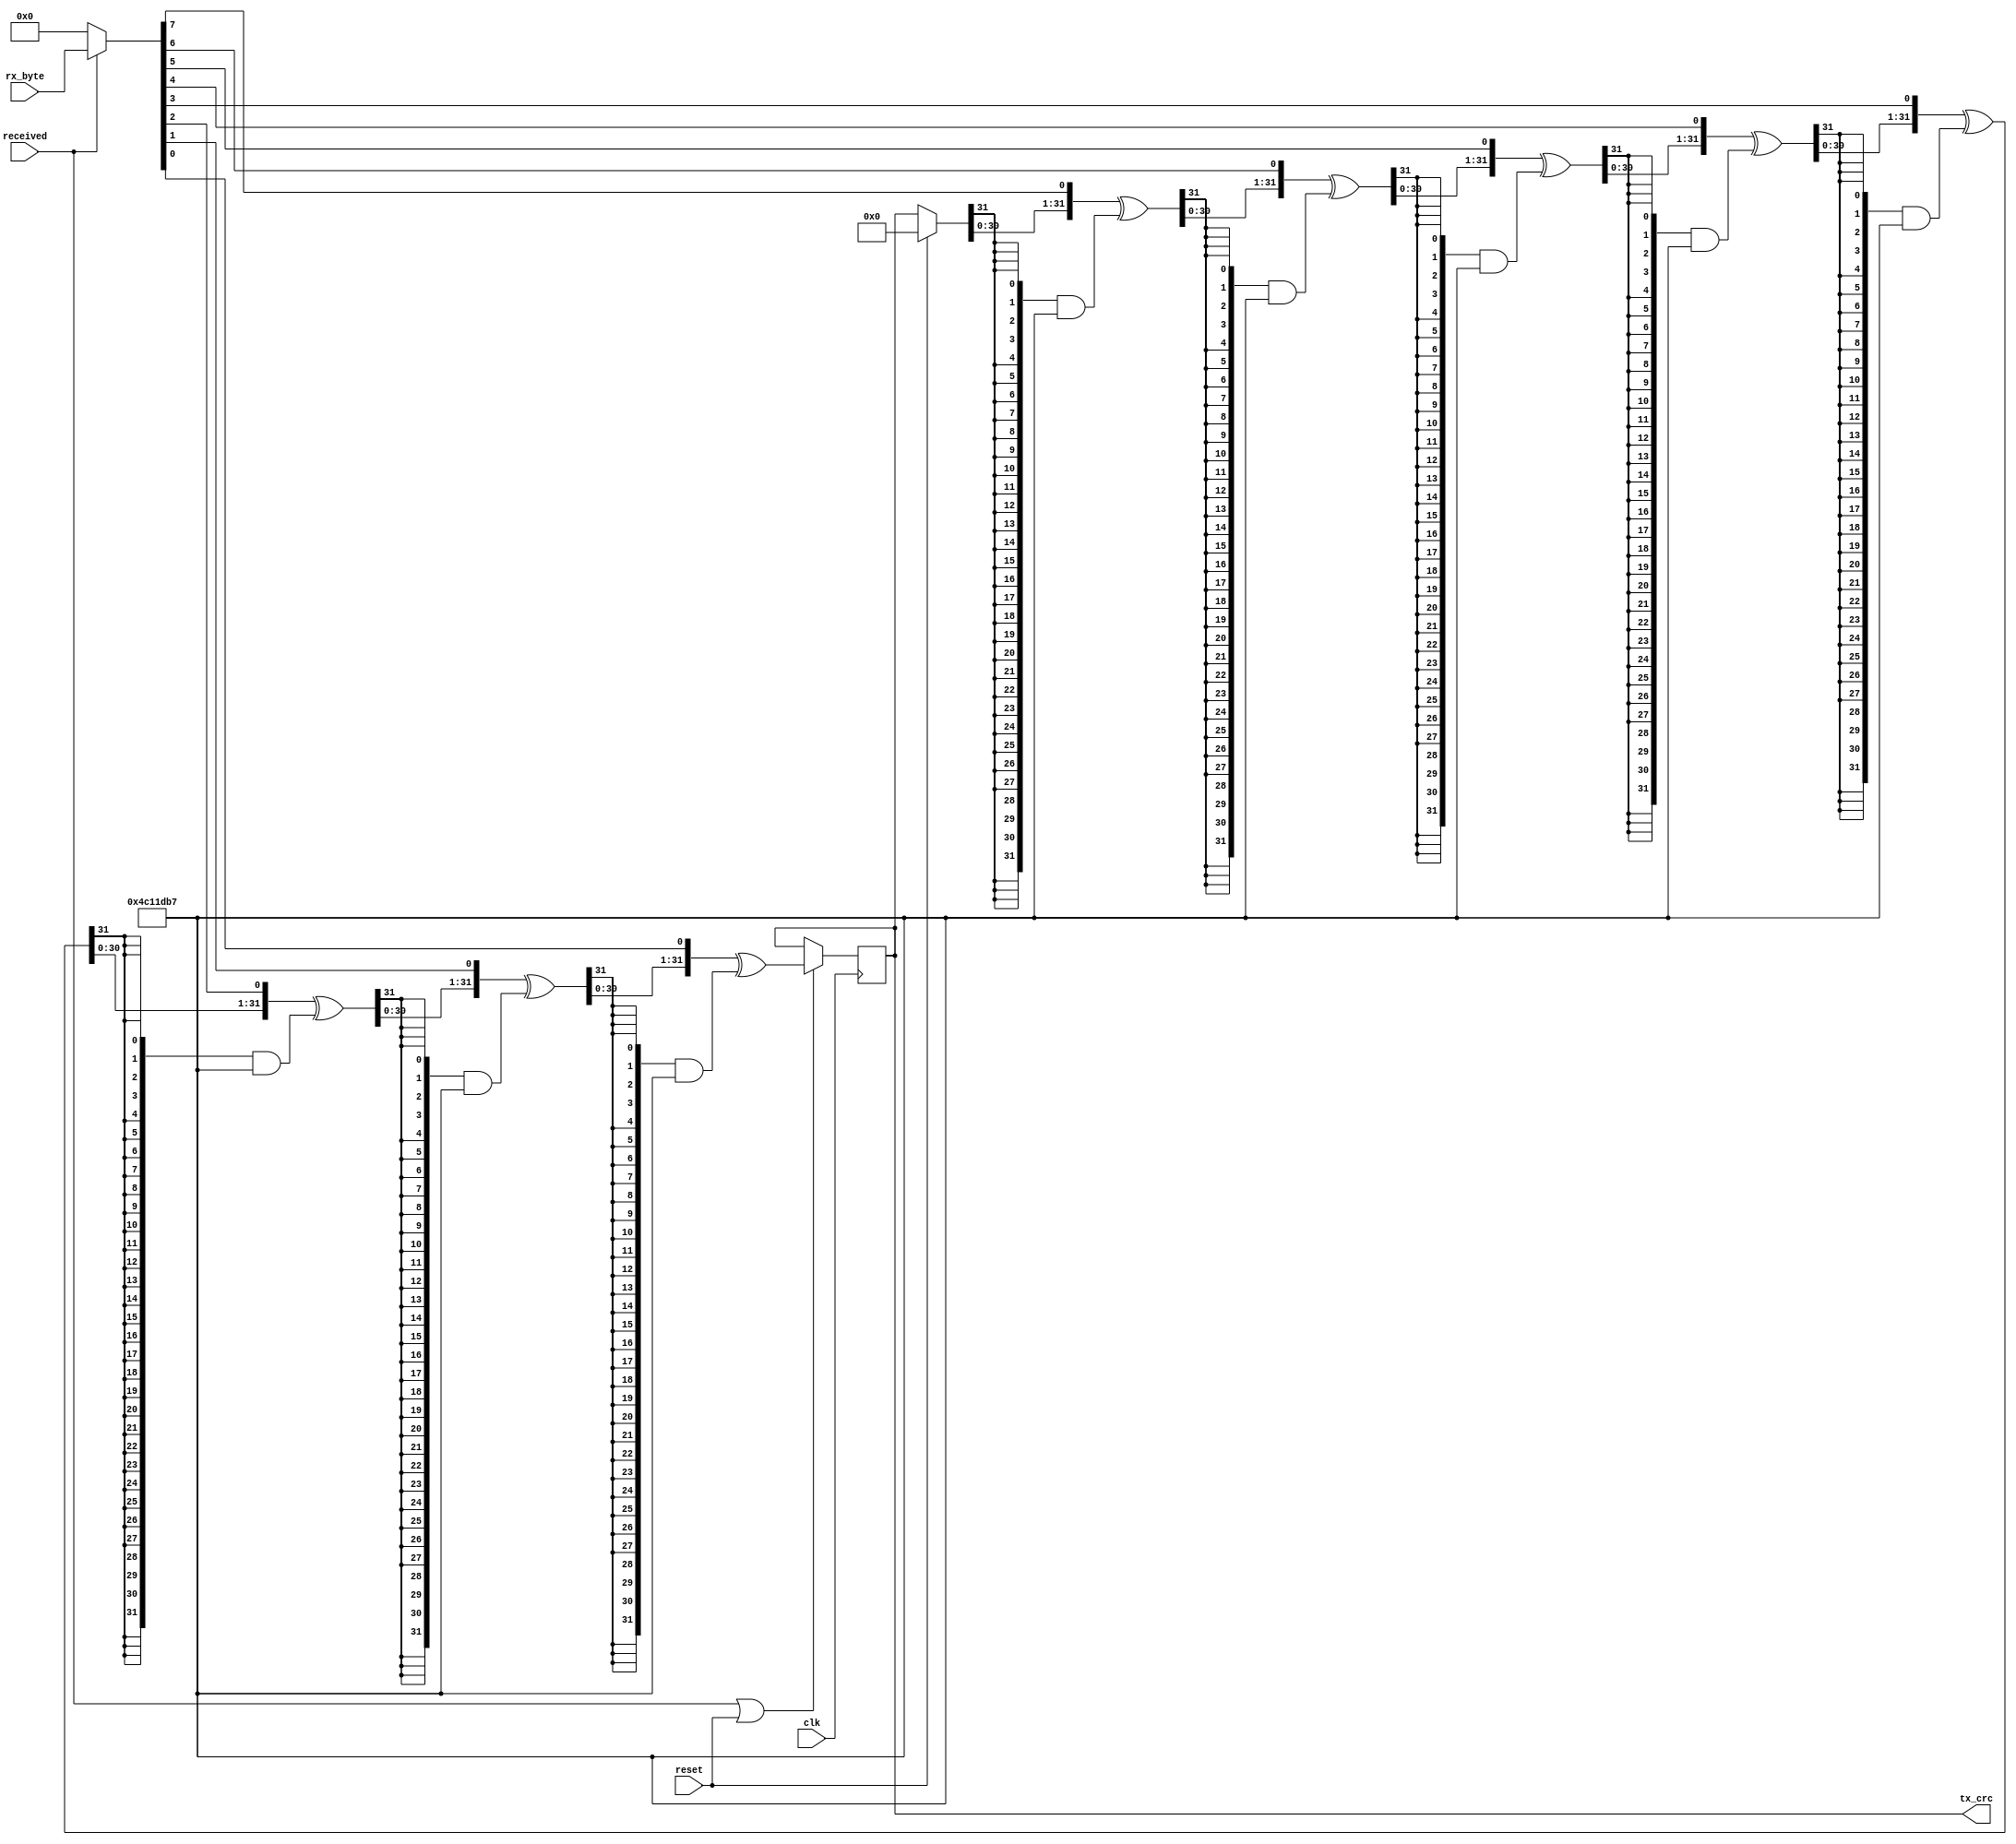
// Algorithm      	Check      	Poly       	Init   		RefIn 	RefOut 	XorOut  
// CRC-32/MPEG-2	0x0376E6E7	0x04C11DB7	0xFFFFFFFF	false	false	0x00000000

// Calculates a CRC32 (Ethernet, polynomial 0x04C11DB7).
module CRC32 (
	input clk,
	input reset,
	input received,
	input [7:0] rx_byte,
	output reg [31:0] tx_crc = 32'd0
);

	localparam [31:0] poly = 32'b0000_0100_1100_0001_0001_1101_1011_0111;

	wire [31:0] crc = reset ? 32'd0 : tx_crc;
	wire [7:0] byte = received ? rx_byte : 8'd0;

	wire [31:0] shifted0 = {crc[30:0], byte[7]} ^ ({32{crc[31]}} & poly);
	wire [31:0] shifted1 = {shifted0[30:0], byte[6]} ^ ({32{shifted0[31]}} & poly);
	wire [31:0] shifted2 = {shifted1[30:0], byte[5]} ^ ({32{shifted1[31]}} & poly);
	wire [31:0] shifted3 = {shifted2[30:0], byte[4]} ^ ({32{shifted2[31]}} & poly);
	wire [31:0] shifted4 = {shifted3[30:0], byte[3]} ^ ({32{shifted3[31]}} & poly);
	wire [31:0] shifted5 = {shifted4[30:0], byte[2]} ^ ({32{shifted4[31]}} & poly);
	wire [31:0] shifted6 = {shifted5[30:0], byte[1]} ^ ({32{shifted5[31]}} & poly);
	wire [31:0] shifted7 = {shifted6[30:0], byte[0]} ^ ({32{shifted6[31]}} & poly);

	always @ (posedge clk)
	begin
		if (received | reset)
			tx_crc <= shifted7;
	end

endmodule